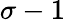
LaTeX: \sigma-1